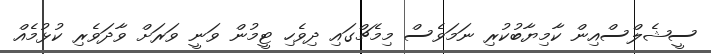
ސީޝެލްސްއިން ކާމިޔާބުކުރި ނަމަވެސް މިމެޗްގައި ދިވެހި ޓީމުން ވަނީ ވަރަށް ވާދަވެރި ކުޅުމެއް